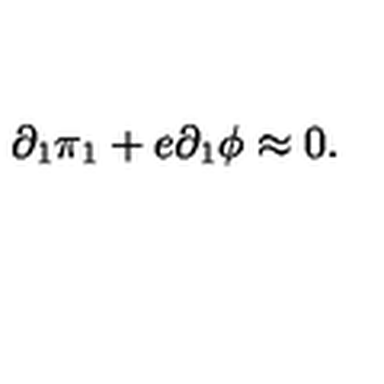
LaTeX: \partial _ { 1 } \pi _ { 1 } + e \partial _ { 1 } \phi \approx 0 .